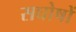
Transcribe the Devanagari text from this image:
सघोषों